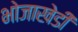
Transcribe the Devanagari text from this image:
भोजाखेडी